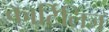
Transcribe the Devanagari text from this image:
कार्टिलिज